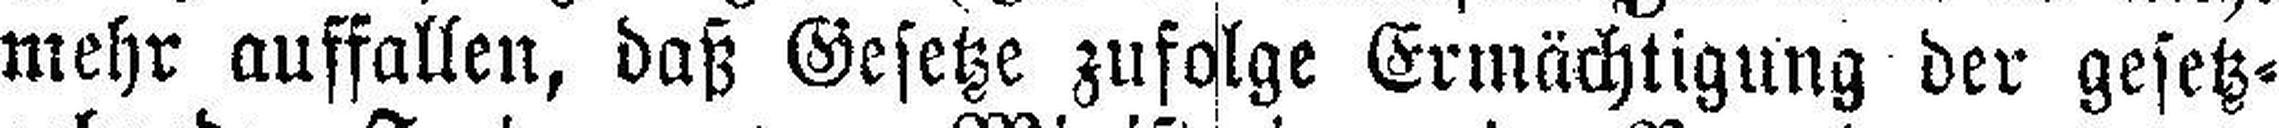
mehr auffallen, daß Gesetze zufolge Ermächtigung der gesetz¬